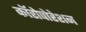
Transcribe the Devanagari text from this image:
कॉरोपोरेशन